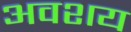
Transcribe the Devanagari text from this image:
अवशय